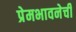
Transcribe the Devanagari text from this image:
प्रेमभावनेची